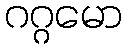
ဂဂ္ဂမော